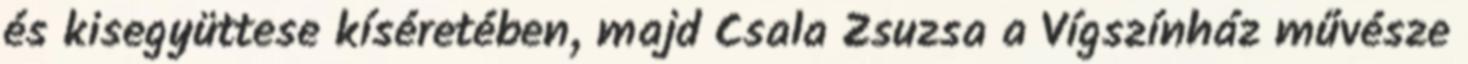
és kisegyüttese kíséretében, majd Csala Zsuzsa a Vígszínház művésze